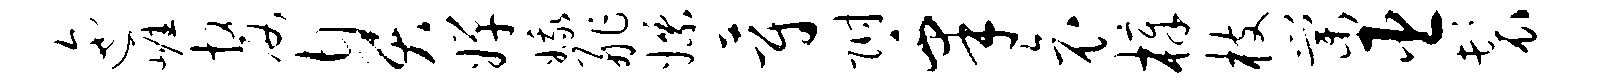
迤崖嫠臭婵娥舴嫖蔚附皋哀樟枝棠臣鬟